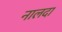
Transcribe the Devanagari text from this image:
नालदा